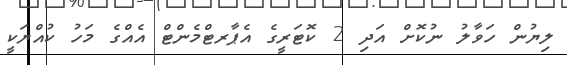
ލިޔުން ހަވާލު ނުކޮށް އަދި 2 ކޮޓަރީގެ އެޕާރޓްމެންޓް އެއްގެ މަހު ކުއްޔަކީ